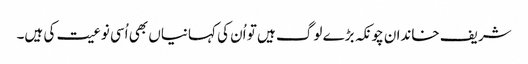
شریف خاندان چونکہ بڑے لوگ ہیں تو اُن کی کہانیاں بھی اُسی نوعیت کی ہیں۔